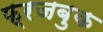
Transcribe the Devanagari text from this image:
फ्रजबुक